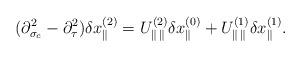
LaTeX: \begin{align*}(\partial^2_{\sigma_c}-\partial^2_\tau)\delta x^{(2)}_\parallel=U^{(2)}_{\parallel\hspace*{.5mm}\parallel}\delta x^{(0)}_\parallel+U^{(1)}_{\parallel\hspace*{.5mm}\parallel}\delta x^{(1)}_\parallel.\end{align*}